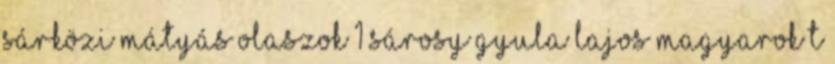
SÁRKÖZI MÁTYÁS Olaszok 1 Sárosy Gyula Lajos MAGYAROK T